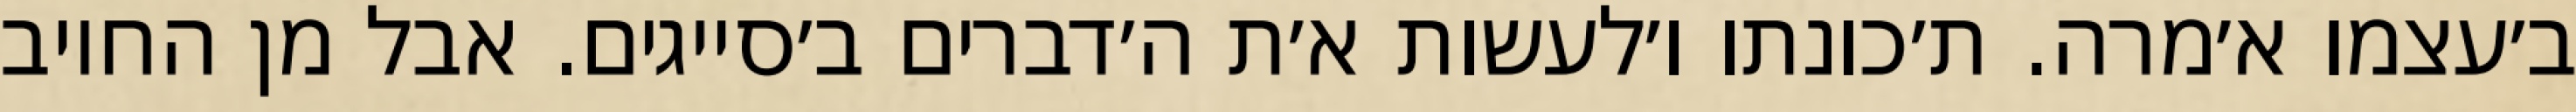
ב׳עצמו א׳מרה. ת׳כונתו ו׳לעשות א׳ת ה׳דברים ב׳סייגים. אבל מן החיוב